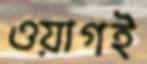
ওয়াগই